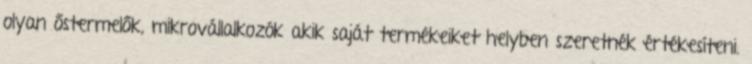
olyan őstermelők, mikrovállalkozók akik saját termékeiket helyben szeretnék értékesíteni.